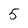
Character: 5